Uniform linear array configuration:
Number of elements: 4
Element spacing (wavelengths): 1
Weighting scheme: cosine
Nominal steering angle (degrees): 45
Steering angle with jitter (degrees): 43.918
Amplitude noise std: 0.05
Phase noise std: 0.05

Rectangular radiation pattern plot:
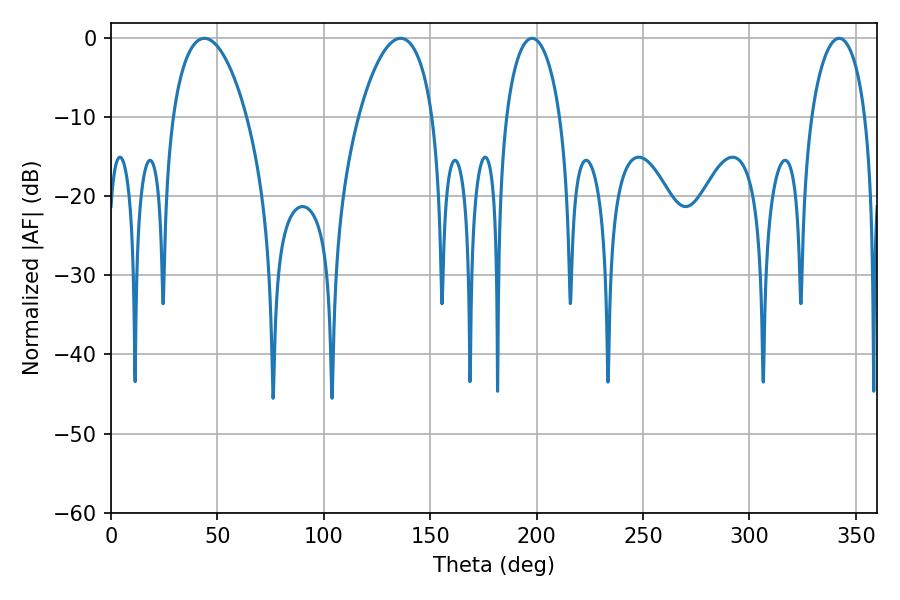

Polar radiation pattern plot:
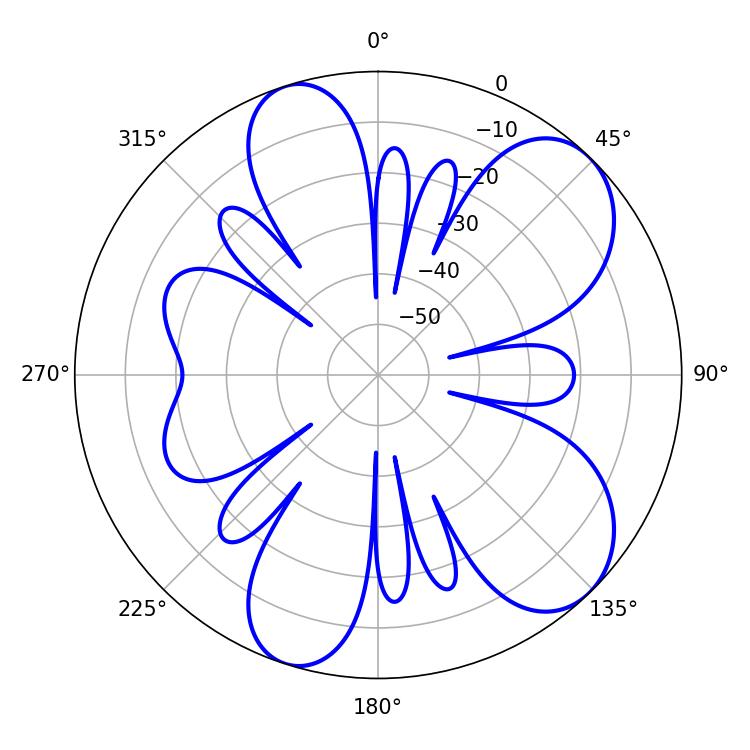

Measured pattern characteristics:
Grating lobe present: TRUE
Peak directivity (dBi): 7.936
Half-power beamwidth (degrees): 19.62
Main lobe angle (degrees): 43.92